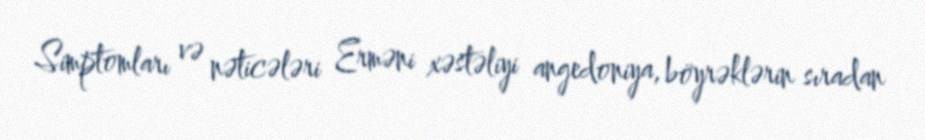
Simptomları və nəticələri Erməni xəstəliyi angedoniya, böyrəklərin sıradan